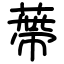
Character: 蔕